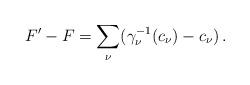
LaTeX: \begin{align*}F^\prime - F =\sum_\nu(\gamma_\nu^{-1}(c_\nu) - c_\nu)\,.\end{align*}